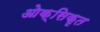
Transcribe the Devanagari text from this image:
ओक्सिकृत